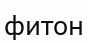
фитон